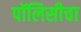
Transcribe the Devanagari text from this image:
पॉलिसीचा